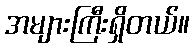
အများကြီးရှိတယ်။